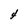
Character: 4